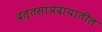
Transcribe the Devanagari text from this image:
दत्तसांप्रदायातील